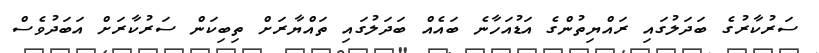
ސަރުކާރުގެ ބަދަލުގައި ރައްޔިތުންގެ އަޑުއަހާނެ ބައެއް ބަދަލުގައި ތައްޔާރަށް ތިބިކަން ސަރުކާރަށް އަބަދުވެސް